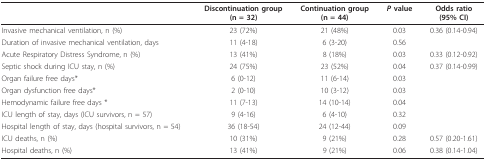
<table><thead><tr><td></td><td><b>Discontinuation group(n = 32)</b></td><td><b>Continuation group(n = 44)</b></td><td><b><i>P </i>value</b></td><td><b>Odds ratio(95% CI)</b></td></tr></thead><tbody><tr><td>Invasive mechanical ventilation, n (%)</td><td>23 (72%)</td><td>21 (48%)</td><td>0.03</td><td>0.36 (0.14-0.94)</td></tr><tr><td>Duration of invasive mechanical ventilation, days</td><td>11 (4-18)</td><td>6 (3-20)</td><td>0.56</td><td></td></tr><tr><td>Acute Respiratory Distress Syndrome, n (%)</td><td>13 (41%)</td><td>8 (18%)</td><td>0.03</td><td>0.33 (0.12-0.92)</td></tr><tr><td>Septic shock during ICU stay, n (%)</td><td>24 (75%)</td><td>23 (52%)</td><td>0.04</td><td>0.37 (0.14-0.99)</td></tr><tr><td>Organ failure free days*</td><td>6 (0-12)</td><td>11 (6-14)</td><td>0.03</td><td></td></tr><tr><td>Organ dysfunction free days*</td><td>2 (0-10)</td><td>10 (3-12)</td><td>0.03</td><td></td></tr><tr><td>Hemodynamic failure free days *</td><td>11 (7-13)</td><td>14 (10-14)</td><td>0.04</td><td></td></tr><tr><td>ICU length of stay, days (ICU survivors, n = 57)</td><td>9 (4-16)</td><td>6 (4-10)</td><td>0.32</td><td></td></tr><tr><td>Hospital length of stay, days (hospital survivors, n = 54)</td><td>36 (18-54)</td><td>24 (12-44)</td><td>0.09</td><td></td></tr><tr><td>ICU deaths, n (%)</td><td>10 (31%)</td><td>9 (21%)</td><td>0.28</td><td>0.57 (0.20-1.61)</td></tr><tr><td>Hospital deaths, n (%)</td><td>13 (41%)</td><td>9 (21%)</td><td>0.06</td><td>0.38 (0.14-1.04)</td></tr></tbody></table>